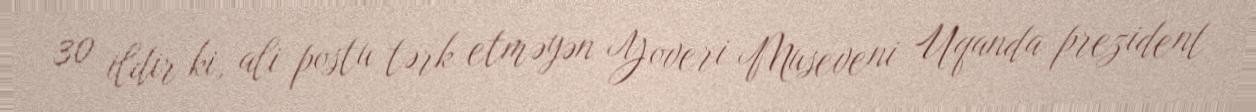
30 ildir ki, ali postu tərk etməyən Yoveri Museveni Uqanda prezident